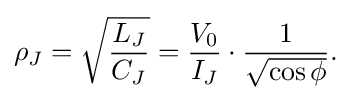
\rho _{J}={\sqrt {\frac {L_{J}}{C_{J}}}}={\frac {V_{0}}{I_{J}}}\cdot {\frac {1}{\sqrt {\cos \phi }}}.\